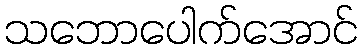
သဘောပေါက်အောင်